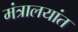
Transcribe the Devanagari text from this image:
मंत्रालयांत